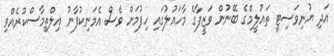
އަދި ޔުނިވަސިޓީ ތައުލީމްގެ ބޭނުން ވަޒީފާގެ މާހައުލުގައި ހިފުމަށް ވެސް އެމަނިކުފާނު އިލްތިމާސްކުރެއްވި